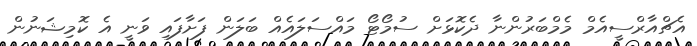
އެޗްއާރްސީއެމް މެމްބަރުންނާ ދެކޮޅަށް ސުމޯޓޯ މައްސަލައެއް ބަލަން ފަށާފައި ވަނީ އެ ކޮމިޝަނުން